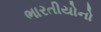
ભારતીયોનો